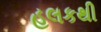
હલકથી